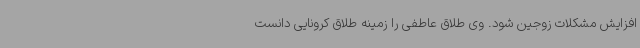
افزایش مشکلات زوجین شود. وی طلاق عاطفی را زمینه طلاق کرونایی دانست